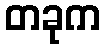
တခုက